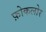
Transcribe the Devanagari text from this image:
फ़ोकलोर